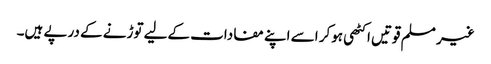
غیر مسلم قوتیں اکٹھی ہوکر اسے اپنے مفادات کےلیے توڑنے کے درپے ہیں۔